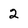
Character: 2